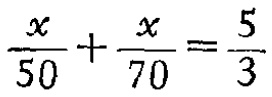
$\frac{x}{50}+\frac{x}{70}=\frac{5}{3}$